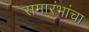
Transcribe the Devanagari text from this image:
समारंभांचा